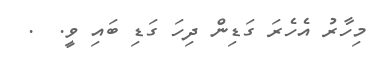
މިހާރު އެހެރަ ގަޑިން ދިހަ ގަޑި ބައި ވީ.  .